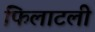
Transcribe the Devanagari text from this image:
फिलाटली